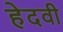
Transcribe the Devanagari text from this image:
हेदवी